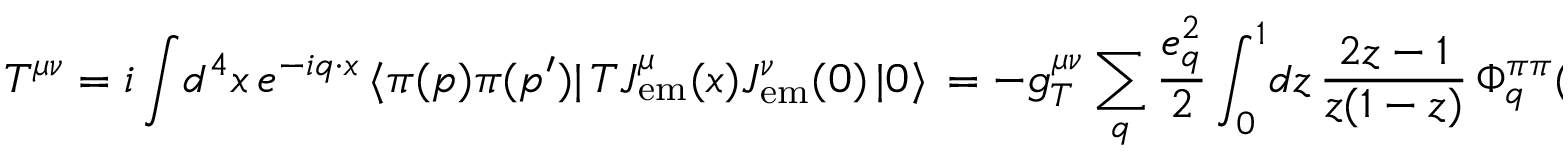
T ^ { \mu \nu } = i \int \! d ^ { 4 } x \, e ^ { - i q \cdot x } \, \langle \pi ( p ) \pi ( p ^ { \prime } ) | \, T J _ { \mathrm { e m } } ^ { \mu } ( x ) J _ { \mathrm { e m } } ^ { \nu } ( 0 ) \, | 0 \rangle \nonumber \, = - g _ { T } ^ { \mu \nu } \sum _ { q } \frac { e _ { q } ^ { 2 } } { 2 } \int _ { 0 } ^ { 1 } \! d z \, { \frac { 2 z - 1 } { z ( 1 - z ) } } \, \Phi _ { q } ^ { \pi \pi } ( z , \zeta , W ^ { 2 } ) ,